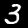
Label: 3